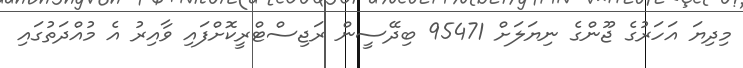
މިދިޔަ އަހަރުގެ ޖޫންގެ ނިޔަލަށް 95471 ބިދޭސީން ރަޖިސްޓްރީކޮށްފައި ވާއިރު އެ މުއްދަތުގައި